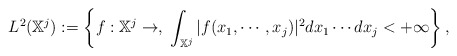
\begin{align*}L^2(\mathbb X^j) := \left\{f:\mathbb{X}^j \to \real, \; \int_{\mathbb{X}^j} |f(x_1,\cdots,x_j)|^2 dx_1 \cdots dx_j <+\infty\right\},\end{align*}